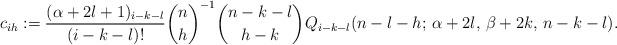
LaTeX: \begin{align*}c_{ih} := \frac{(\alpha+2l+1)_{i-k-l}}{(i-k-l)!}\binom{n}{h}^{-1}\binom{n-k-l}{h-k}Q_{i-k-l}(n-l-h;\, \alpha+2l,\, \beta+2k,\, n-k-l).\end{align*}